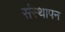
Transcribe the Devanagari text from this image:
संस्‍थापन